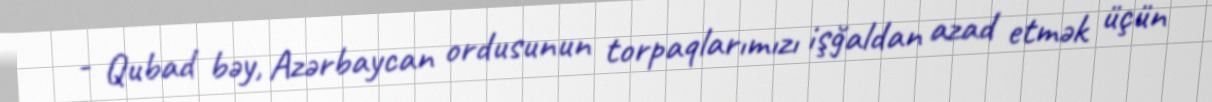
- Qubad bəy, Azərbaycan ordusunun torpaqlarımızı işğaldan azad etmək üçün